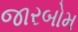
જારબોમ